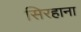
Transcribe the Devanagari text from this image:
सिरहाना